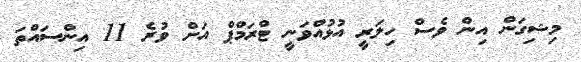
މިޝިގަން އިން ވެސް ހިލަރީ އުޅުއްވަނީ ޓްރަމްޕް އަށް ވުރެ 11 އިންސައްތަ